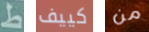
ط كييف من